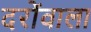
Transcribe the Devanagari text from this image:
दरोंवाला